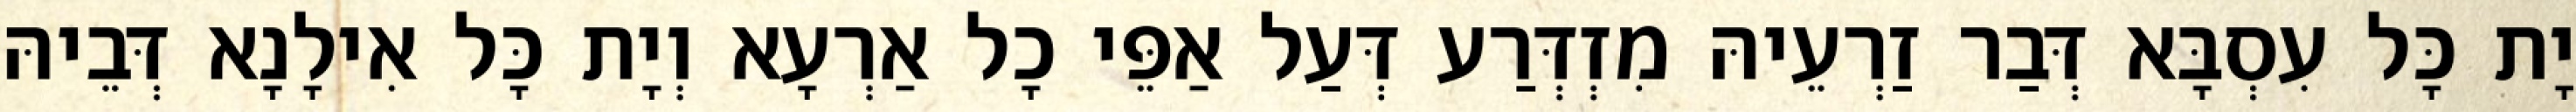
יָת כָּל עִסְבָּא דְּבַר זַרְעֵיהּ מִזְדְּרַע דְּעַל אַפֵּי כָל אַרְעָא וְיָת כָּל אִילָנָא דְּבֵיהּ